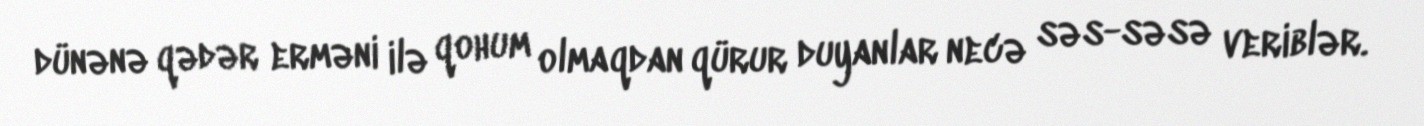
dünənə qədər erməni ilə qohum olmaqdan qürur duyanlar necə səs-səsə veriblər.